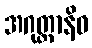
အဂုတ္တာနိဓ